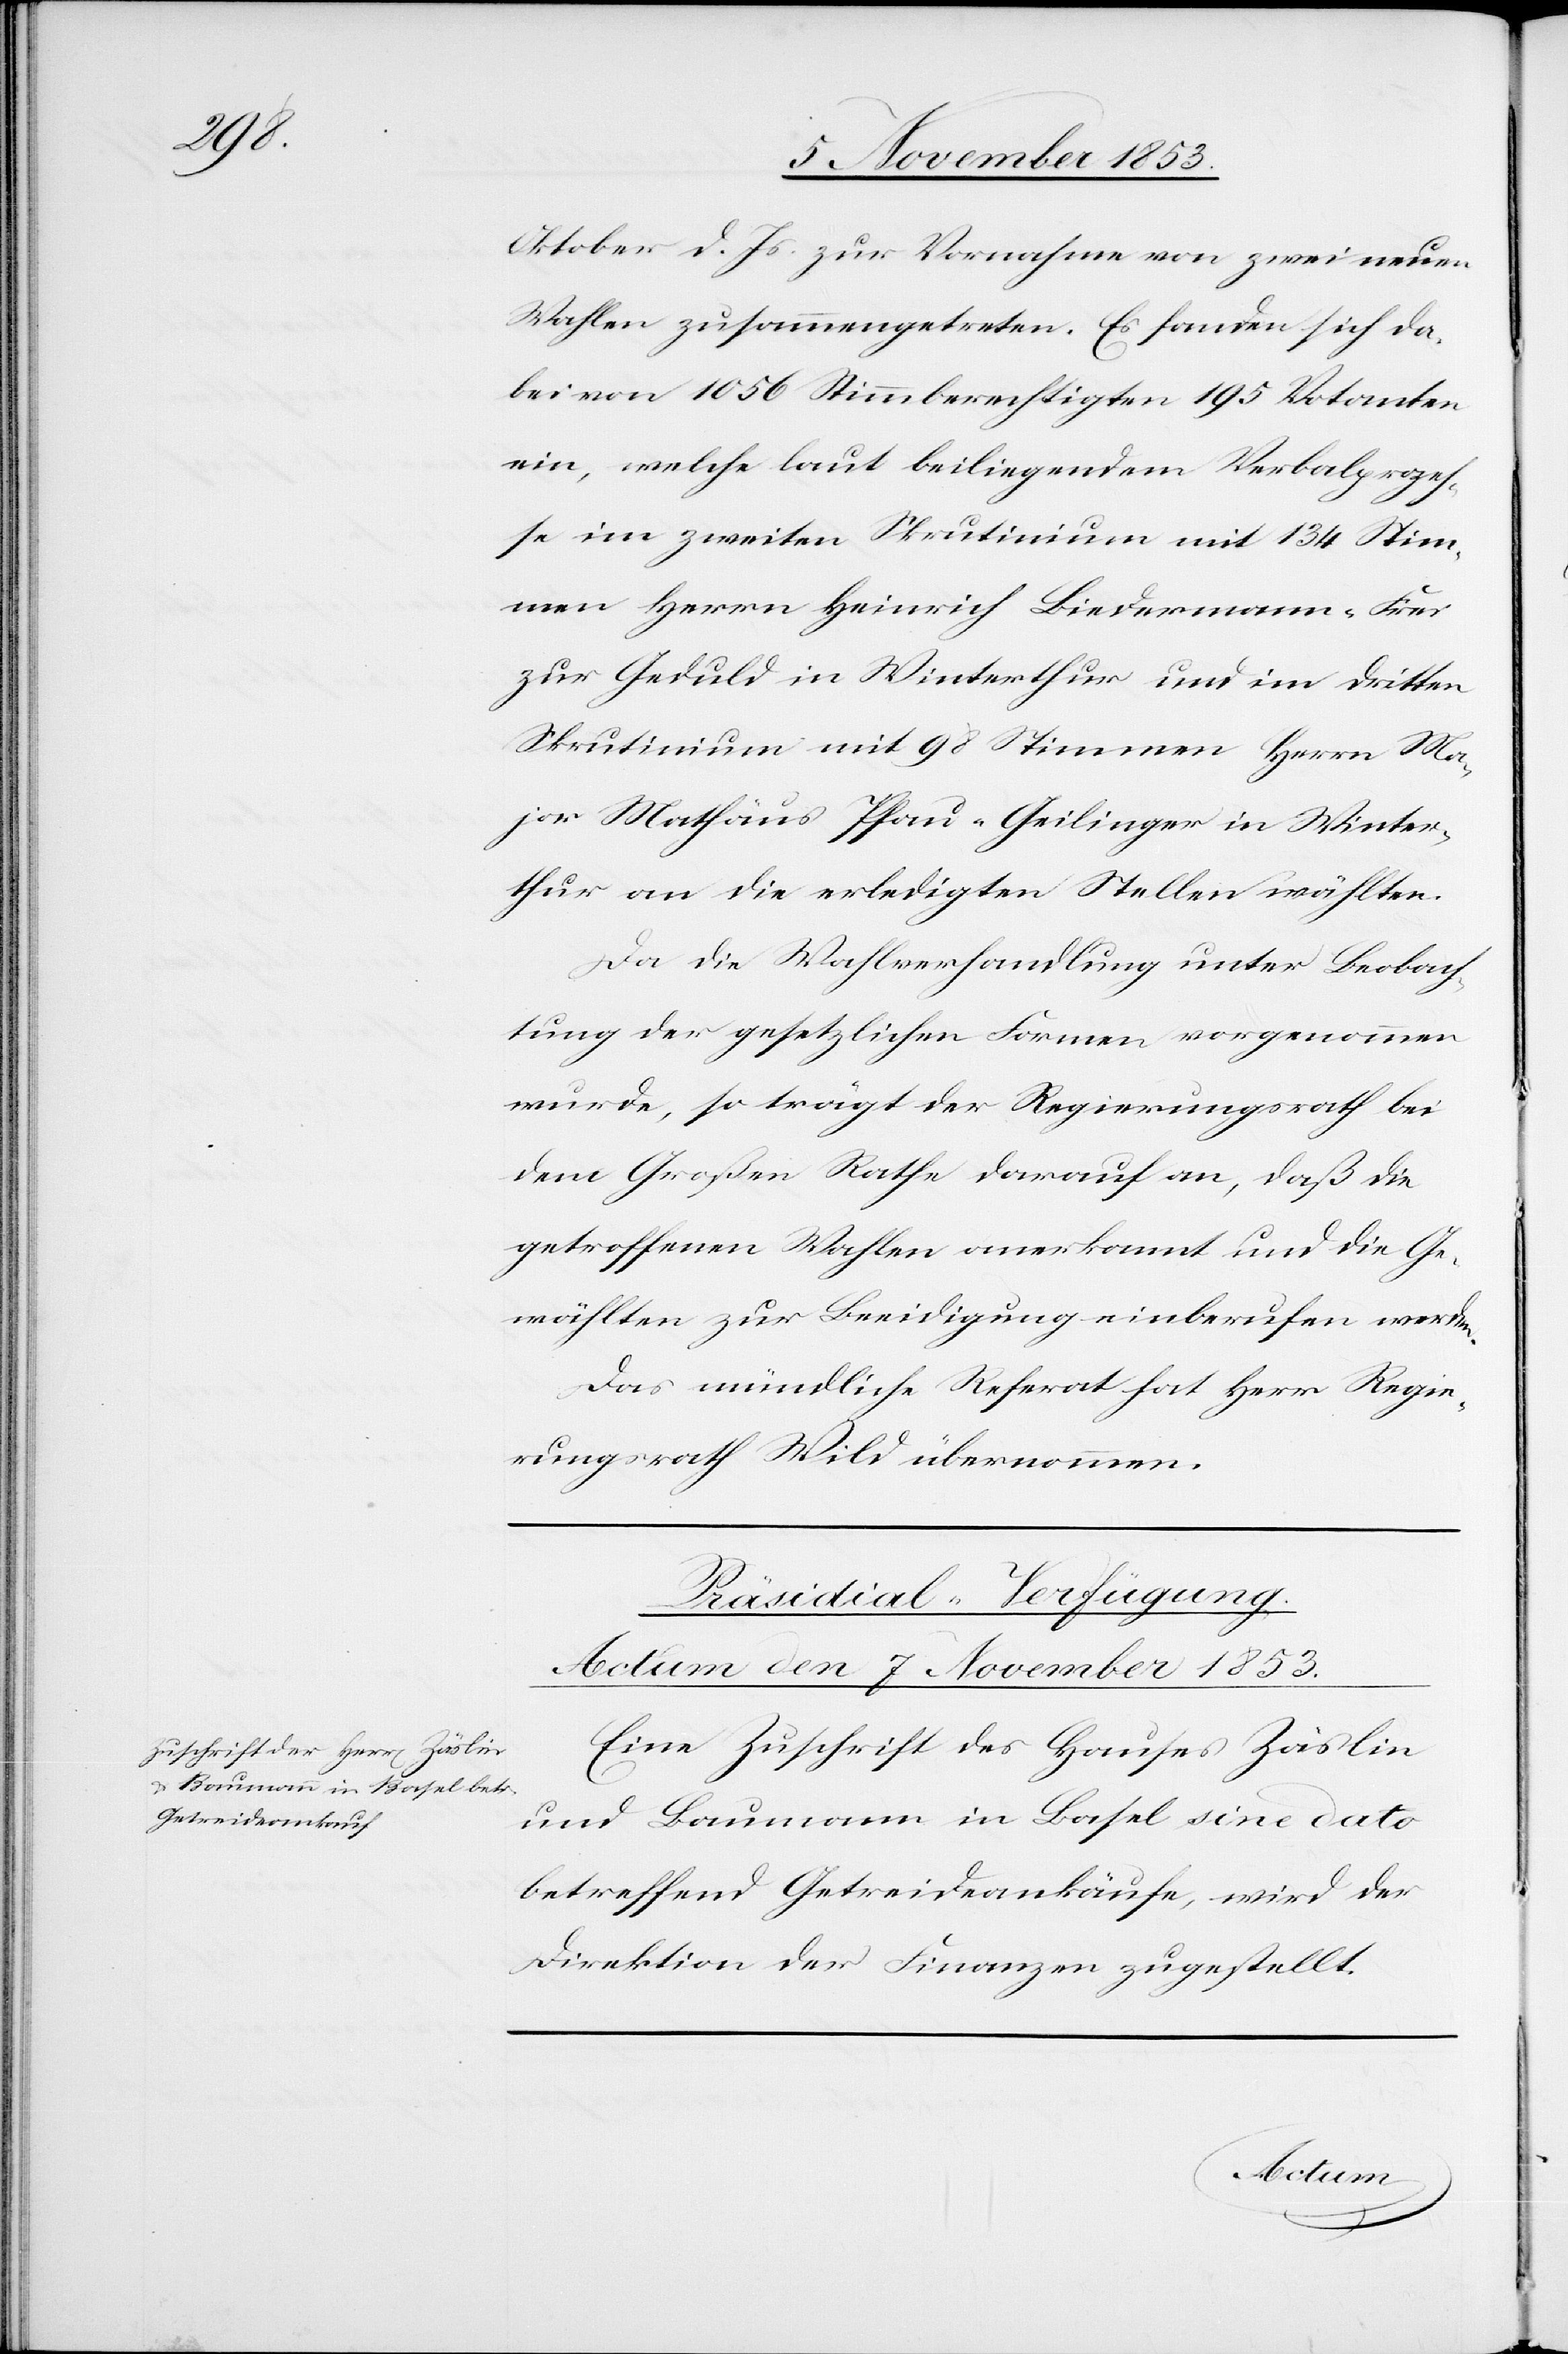
Oktober d. Js. zur Vornahme von zwei neuen
Wahlen zusammengetreten. Es fanden sich da¬
bei von 1056 Stimmberechtigten 195 Votanten
ein, welche laut beiliegendem Verbalproze¬
ße im zweiten Skrutinium mit 134 Stimmen
zur Geduld in Winterthur und im dritten
Skrutinium mit 98 Stimmen Herrn Ma¬
jor Mathäus Pfau-Geilinger in Winter¬
thur an die erledigten Stellen wählten.
Da die Wahlversammlung unter Beobach¬
tung der gesetzlichen Formen vorgenommen
wurde, so trägt der Regierungsrath bei
dem Großen Rathe darauf an, daß die
getroffenen Wahlen anerkannt und die Ge¬
wählten zur Beeidigung einberufen werden.
Das mündliche Referat hat Herr Regie¬
rungsrath Wild übernommen.
Präsidial-Verfügung.
Actum den 7 November 1853.
Eine Zuschrift des Hauses Zäslin
und Baumann in Basel sine dato
betreffend Getreideankäufe, wird der
Direktion der Finanzen zugestellt.